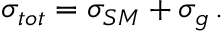
\sigma _ { t o t } = \sigma _ { S M } + \sigma _ { g } \, .